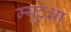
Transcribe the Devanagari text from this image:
म्युटुआ